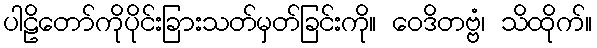
ပါဠိတော်ကိုပိုင်းခြားသတ်မှတ်ခြင်းကို။ ဝေဒိတဗ္ဗံ၊ သိထိုက်။